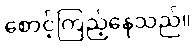
စောင့်ကြည့်နေသည်။